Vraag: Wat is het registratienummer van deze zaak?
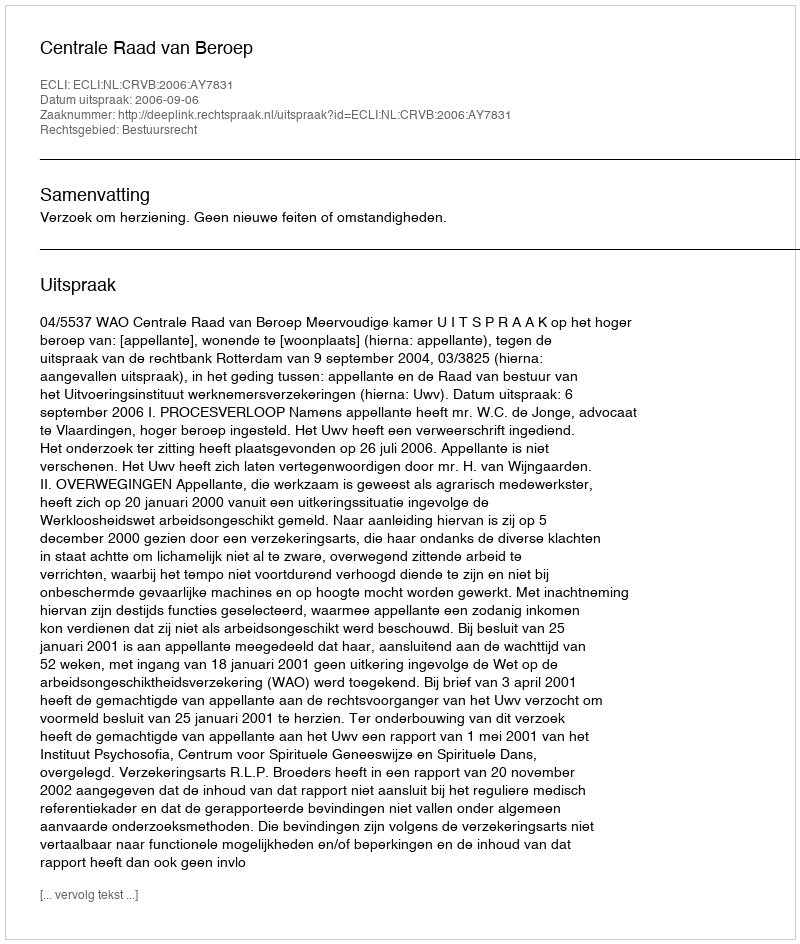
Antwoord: http://deeplink.rechtspraak.nl/uitspraak?id=ECLI:NL:CRVB:2006:AY7831